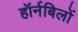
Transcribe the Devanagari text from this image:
हॉर्नबिलों